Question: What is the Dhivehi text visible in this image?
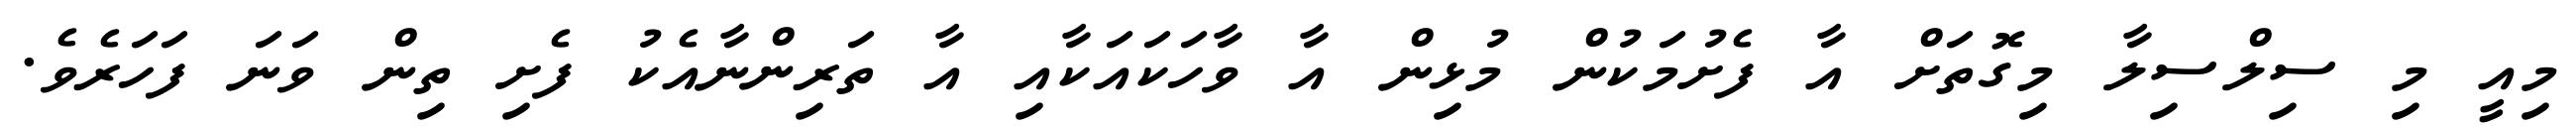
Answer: މިއީ މި ސިލްސިލާ މިގޮތަށް އާ ފެށުމަކުން މުޅިން އާ ވާހަކައަކާއި އާ ތަރިންނާއެކު ފެށި ތިން ވަނަ ފަހަރެވެ.